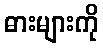
ဓားများကို